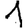
Digit: 1